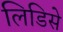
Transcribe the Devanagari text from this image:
लिडिसे